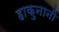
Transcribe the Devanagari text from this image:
हाकुनानी